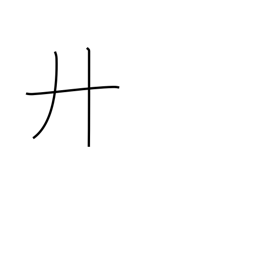
Meaning: twenty or letter H radical (no. 55)